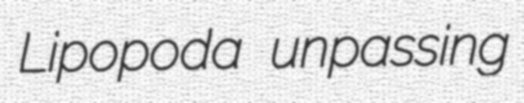
Lipopoda unpassing